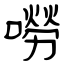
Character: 嘮